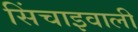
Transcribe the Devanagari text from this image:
सिंचाइवाली